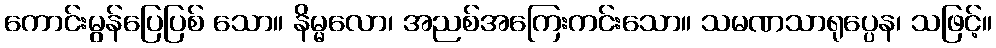
ကောင်းမွန်ပြေပြစ် သော။ နိမ္မလော၊ အညစ်အကြေးကင်းသော။ သမဏသာရုပ္ပေန၊ သဖြင့်။